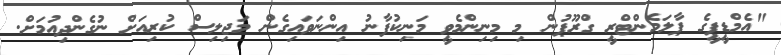
"އެމްޑީޕީގެ ޕާލަމެންޓްރީ ގްރޫޕުން މި މިނިންމެވީ މަނިކުފާނު އިންނަވައިގެން މަޖިލިސް ކުރިއަށް ނުގެންދިއުމަށް.